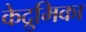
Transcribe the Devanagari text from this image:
केद्रुमिका